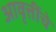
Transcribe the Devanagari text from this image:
आवृत्तींचे